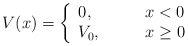
\begin{align*}V(x)=\left\{ \begin{array}{ll} 0,&\qquad x<0\\ V_{0},&\qquad x\geq 0 \end{array}\right.\end{align*}